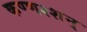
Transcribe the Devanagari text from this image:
कण्णश्शन्